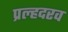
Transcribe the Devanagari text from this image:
प्रल्हदरव